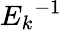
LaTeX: {E_{k}}^{-1}